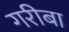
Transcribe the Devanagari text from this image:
गरीबा